Punjab Mental Hospital Lahore 1922-31 - 1922-1931
Year: 1922
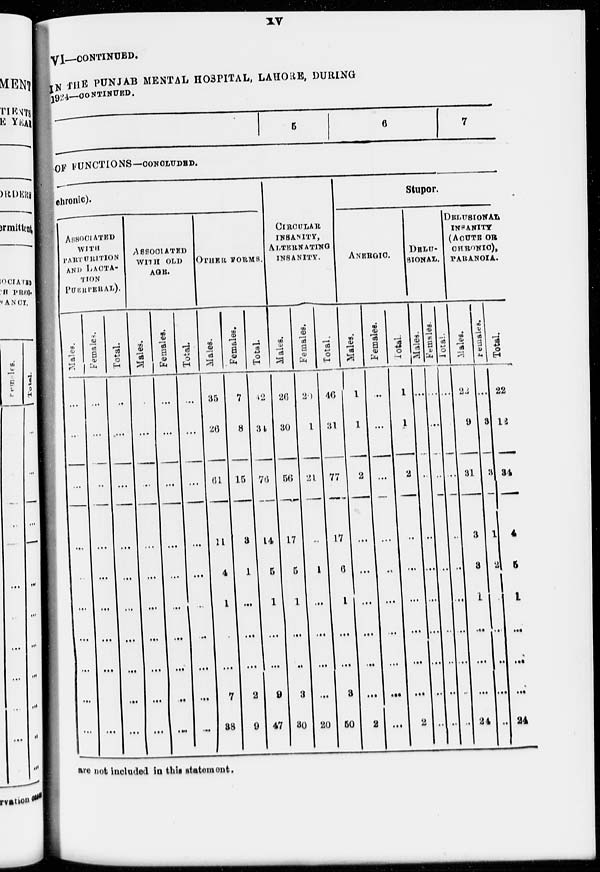
xv
VI—CONTINUED.
IN THE PUNJAB MENTAL HOSPITAL, LAHORE, DURING
1924—CONTINUED.
5
6
7
OF FUNCTIONS—CONCLUDED.
chronic).
ASSOCIATED
WITH
PARTURITION
AND LACTA-
TION
PUERPERAL).
Males.
...
...
...
...
...
...
...
...
...
...
Females.
...
...
...
...
...
...
...
...
...
...
Total.
...
...
...
...
...
...
...
...
...
...
ASSOCIATED
WITH OLD
AGE.
Males.
...
...
...
...
...
...
...
...
...
...
Females.
...
...
...
...
...
...
...
...
...
...
Total.
...
...
...
...
...
...
...
...
...
...
OTHER
FORMS.
Males.
35
26
61
11
4
1
...
...
7
38
Females.
7
8
15
3
1
...
...
...
2
9
Total.
12
34
76
14
5
...
...
...
9
47
CIRCULAR
INSANITY,
ALTERNATING
INSANITY.
Males.
26
30
56
17
5
1
...
...
3
30
Females.
20
1
21
...
1
...
...
...
...
20
Total.
46
31
77
17
6
1
...
...
3
50
Stupor.
ANERGIC.
Males.
1
1
2
...
...
...
...
...
...
2
Females.
...
...
...
...
...
...
...
...
...
...
Total.
1
1
2
...
...
1
...
...
...
2
DELU-
SIONAL.
Males.
...
...
...
...
...
...
...
...
...
...
Females.
...
...
...
...
...
...
...
...
...
...
Total.
...
...
...
...
...
...
...
...
...
...
DELUSIONAL
INSANITY
(ACUTE OR
CHRONIC).
PARANOIA.
Males.
22
9
31
3
3
1
...
...
...
24
Females.
...
3
3
1
2
...
...
...
...
Total.
22
12
34
4
5
1
...
...
...
24
are not included in this statement.